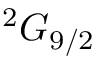
^ 2 G _ { 9 / 2 }